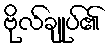
ဗိုလ်ချုပ်၏